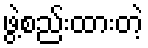
ဖွဲ့စည်းထားတဲ့